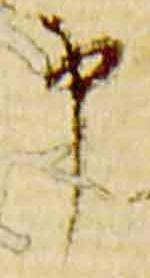
申